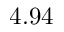
4 . 9 4